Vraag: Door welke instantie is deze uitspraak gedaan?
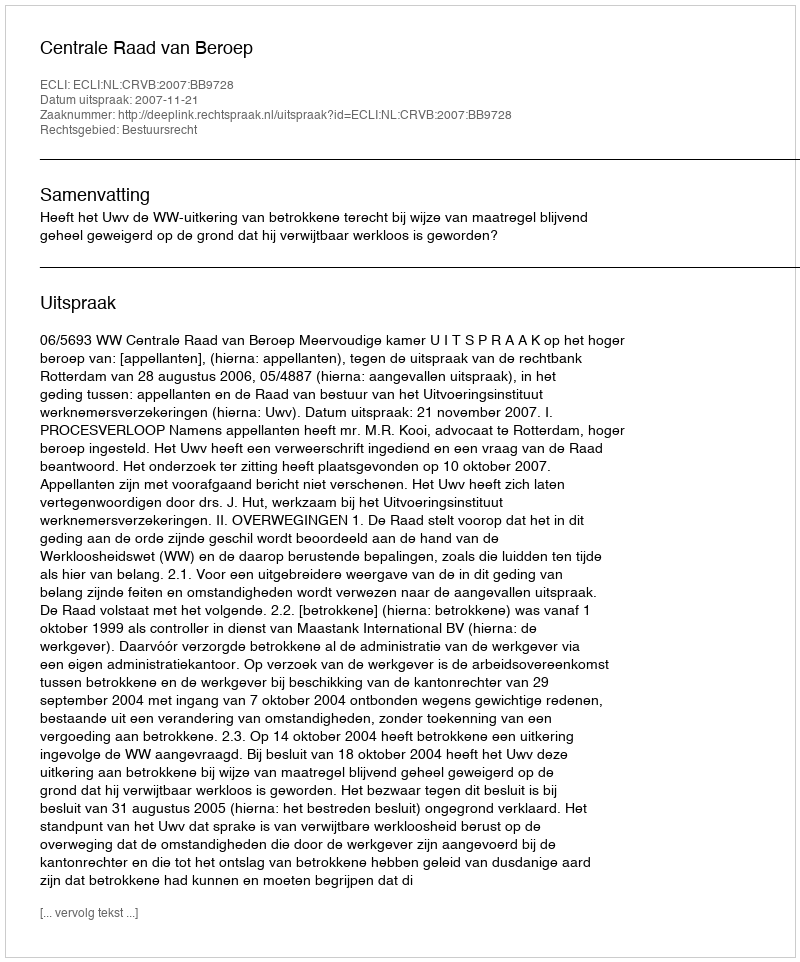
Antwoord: Centrale Raad van Beroep